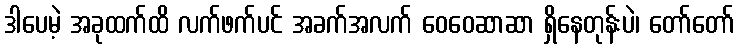
ဒါပေမဲ့ အခုထက်ထိ လက်ဖက်ပင် အခက်အလက် ဝေဝေဆာဆာ ရှိနေတုန်းပဲ၊ တော်တော်